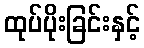
ထုပ်ပိုးခြင်းနှင့်